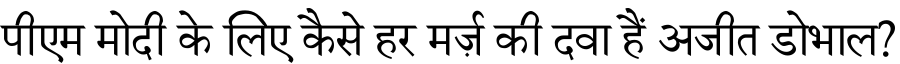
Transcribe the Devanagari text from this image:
पीएम मोदी के लिए कैसे हर मर्ज़ की दवा हैं अजीत डोभाल?